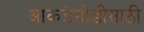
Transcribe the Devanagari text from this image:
आकडेमोडींसाठी